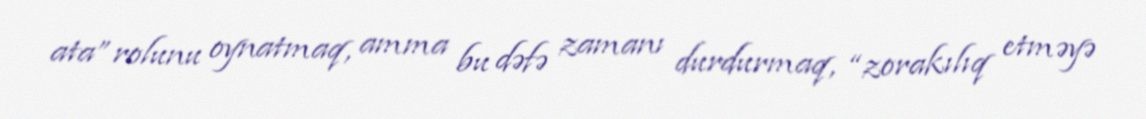
ata” rolunu oynatmaq, amma bu dəfə zamanı durdurmaq, “zorakılıq etməyə